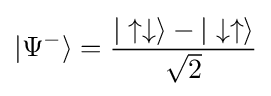
|\Psi ^{-}\rangle ={\frac {|\uparrow \downarrow \rangle -|\downarrow \uparrow \rangle }{\sqrt {2}}}